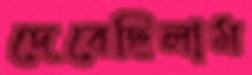
দেবেছিলাম